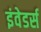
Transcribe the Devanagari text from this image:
इंवेडर्स